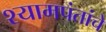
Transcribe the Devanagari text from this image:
श्यामपंतांचे